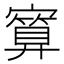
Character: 𪧯